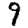
Digit: 9